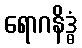
ရောဂနိဒ္ဓံ